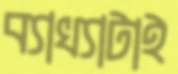
ব্যাখ্যাটাই